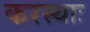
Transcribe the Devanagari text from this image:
करस्थाः